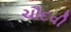
ચૌદવી